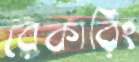
রেকারিং